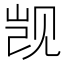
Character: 觊